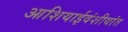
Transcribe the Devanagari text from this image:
आशियाईवंशीयांत